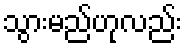
သွားမည်ဟုလည်း